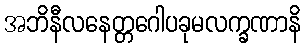
အဘိနီလနေတ္တဂေါပခုမလက္ခဏာနိ